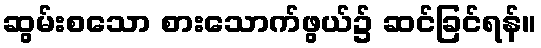
ဆွမ်းစသော စားသောက်ဖွယ်၌ ဆင်ခြင်ရန်။